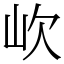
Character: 㰞